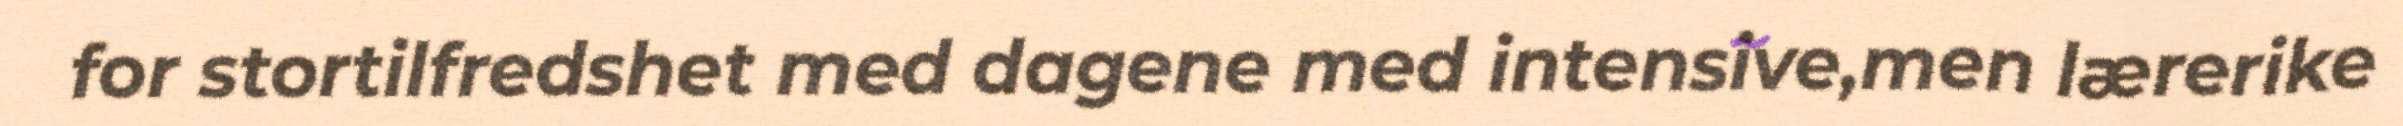
for stortilfredshet med dagene med intensive,men lærerike